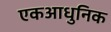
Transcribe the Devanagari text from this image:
एकआधुनिक